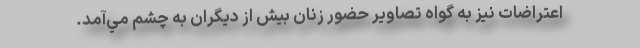
اعتراضات نيز به گواه تصاوير حضور زنان بيش از ديگران به چشم مي‌آمد.